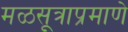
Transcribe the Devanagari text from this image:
मळसूत्राप्रमाणे